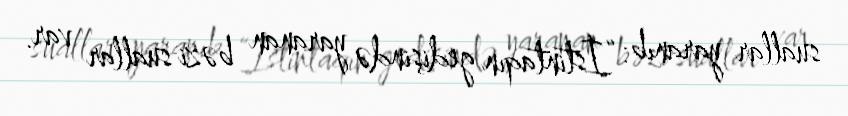
suallar yaranıb: “İstintaqın gedişində yaranan bəzi suallar var.